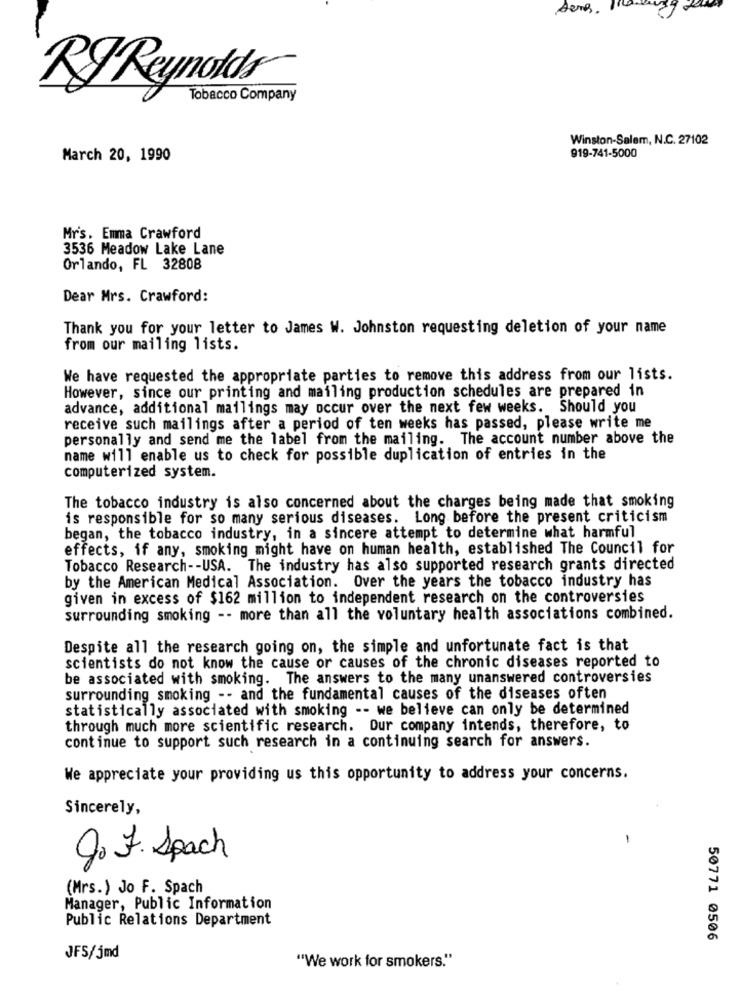
RJ Reynolds
Tobacco Company
Winston-Salem, N.C. 27102
919-741-5000
March 20, 1990
Mr's. Emma Crawford
3536 Meadow Lake Lane
Orlando, FL 32808
Dear Mrs. Crawford:
Thank you for your letter to James W. Johnston requesting deletion of your name
from our mailing lists.
We have requested the appropriate parties to remove this address from our lists.
However, since our printing and mailing production schedules are prepared in
advance, additional mailings may occur over the next few weeks. Should you
receive such mailings after a period of ten weeks has passed, please write me
personally and send me the label from the mailing. The account number above the
name will enable us to check for possible duplication of entries in the
computerized system.
The tobacco industry is also concerned about the charges being made that smoking
is responsible for so many serious diseases. Long before the present criticism
began, the tobacco industry, in a sincere attempt to determine what harmful
effects, if any, smoking might have on human health, established The Council for
Tobacco Research -- USA. The industry has also supported research grants directed
by the American Medical Association. Over the years the tobacco industry has
given in excess of $162 million to independent research on the controversies
surrounding smoking -- more than all the voluntary health associations combined.
Despite all the research going on, the simple and unfortunate fact is that
scientists do not know the cause or causes of the chronic diseases reported to
be associated with smoking. The answers to the many unanswered controversies
surrounding smoking -- and the fundamental causes of the diseases often
statistically associated with smoking -- we believe can only be determined
through much more scientific research. Our company intends, therefore, to
continue to support such research in a continuing search for answers.
We appreciate your providing us this opportunity to address your concerns.
Sincerely,
1
go F. Spach
(Mrs.) Jo F. Spach
Manager, Public Information
Public Relations Department
50771 0506
JFS/jmd
"We work for smokers."